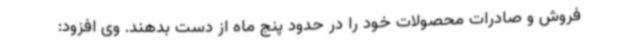
فروش و صادرات محصولات خود را در حدود پنج ماه از دست بدهند. وی افزود: